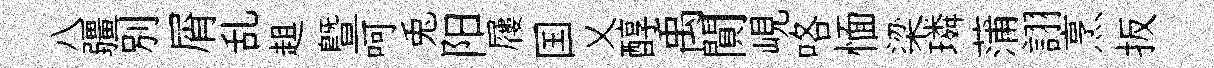
八疆別屑乱趄暨呵兎阳屨国乂醇禹閴峴咯愐梁璘蒲詡烹扳